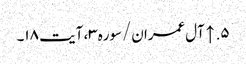
۵. ↑ آل‌عمران/سوره۳، آیت ۱۸۔